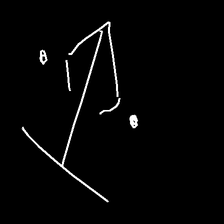
Glyph: earth